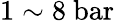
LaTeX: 1\sim 8\ \mathrm{bar}